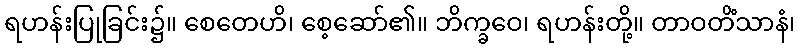
ရဟန်းပြုခြင်း၌။ စေတေဟိ၊ စေ့ဆော်၏။ ဘိက္ခဝေ၊ ရဟန်းတို့။ တာဝတိံသာနံ၊